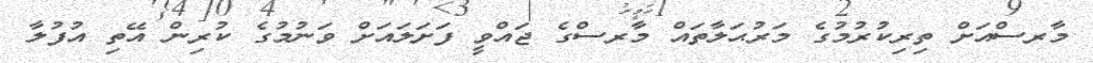
މާރސްއަށް ތިރިކުރުމުގެ މަރުޙަލާތައް މާރސްގެ ޖައްވީ ފަށަލައަށް ވަނުމުގެ ކުރިން އޭތި އުފުލާ